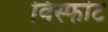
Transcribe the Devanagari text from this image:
विस्फॊट